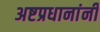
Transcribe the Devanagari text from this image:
अष्टप्रधानांनी